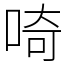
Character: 𠵇